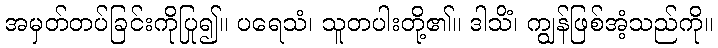
အမှတ်တပ်ခြင်းကိုပြု၍။ ပရေသံ၊ သူတပါးတို့၏။ ဒါသိံ၊ ကျွန်ဖြစ်အံ့သည်ကို။